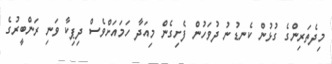
މިދެތަރިންގެ ގުޅުން ކެނޑުނު ދުވަހުން ފެށިގެން މިއަދާ ހަމައަށްވެސް ދިޕިކާ ވަނި ރަންބީރުގެ